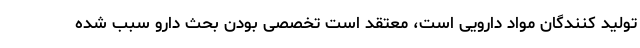
تولید کنندگان مواد دارویی است، معتقد است تخصصی بودن بحث دارو سبب شده